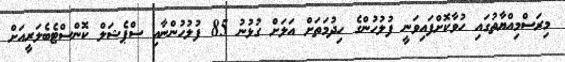
މިރަސްމިއްޔާތުގައި ހުވާކޮށްފައިވަނީ ފުލުހުންގެ ހިދުމަތަށް އަލަށް ގުޅުނު 85 ފުލުހުންނާއި ސްޕެޝަލް ކޮންސްޓެބެލަރީއަށް